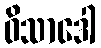
ဝိသာဒေါ